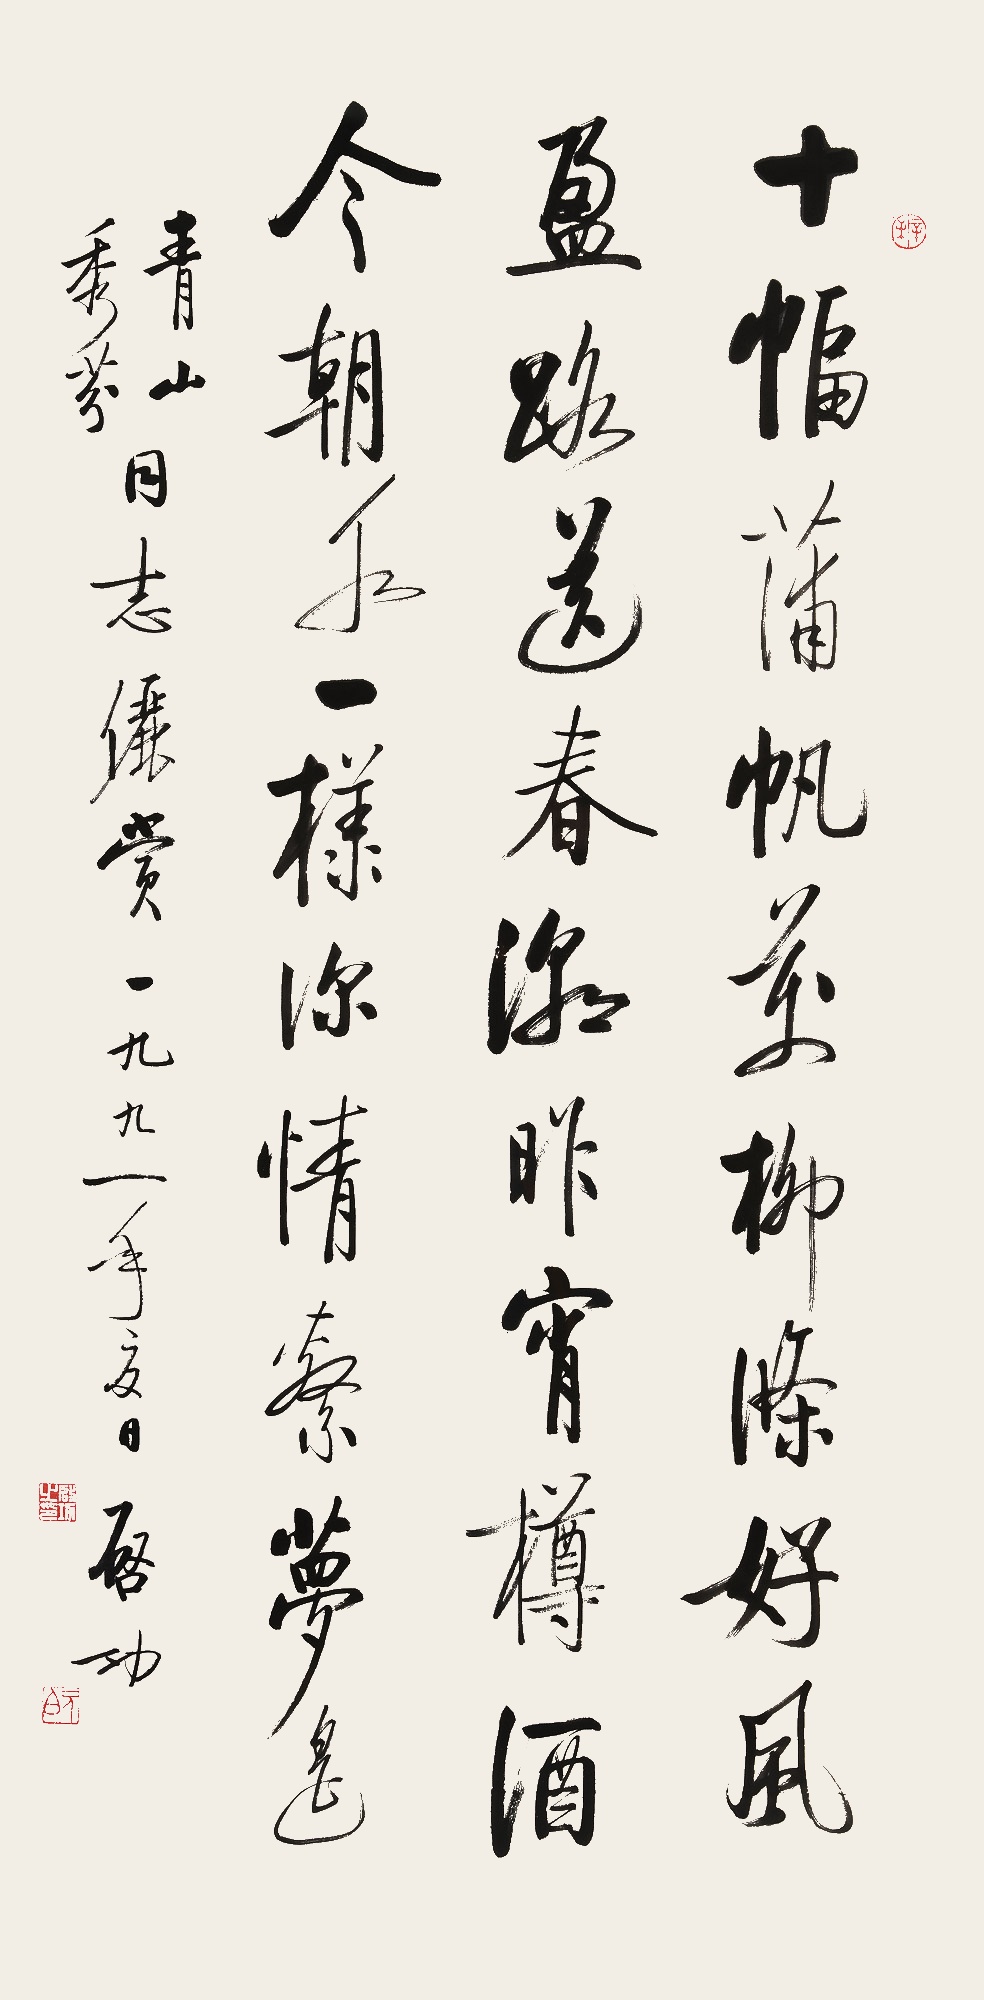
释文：十幅蒲帆万柳条，好风盈路送春潮。昨宵樽酒今朝水，一样深情系梦遥。青山、秀芬同志俪赏。一九九一年夏日。启功。